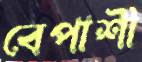
বেপাশী